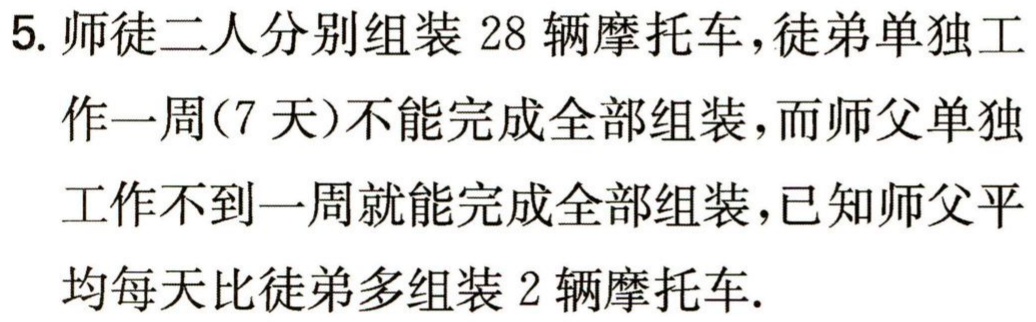
5. 师徒二人分别组装 28 辆摩托车，徒弟单独工作一周(7 天)不能完成全部组装，而师父单独工作不到一周就能完成全部组装，已知师父平均每天比徒弟多组装 2 辆摩托车.